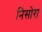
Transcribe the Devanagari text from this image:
निसोरा